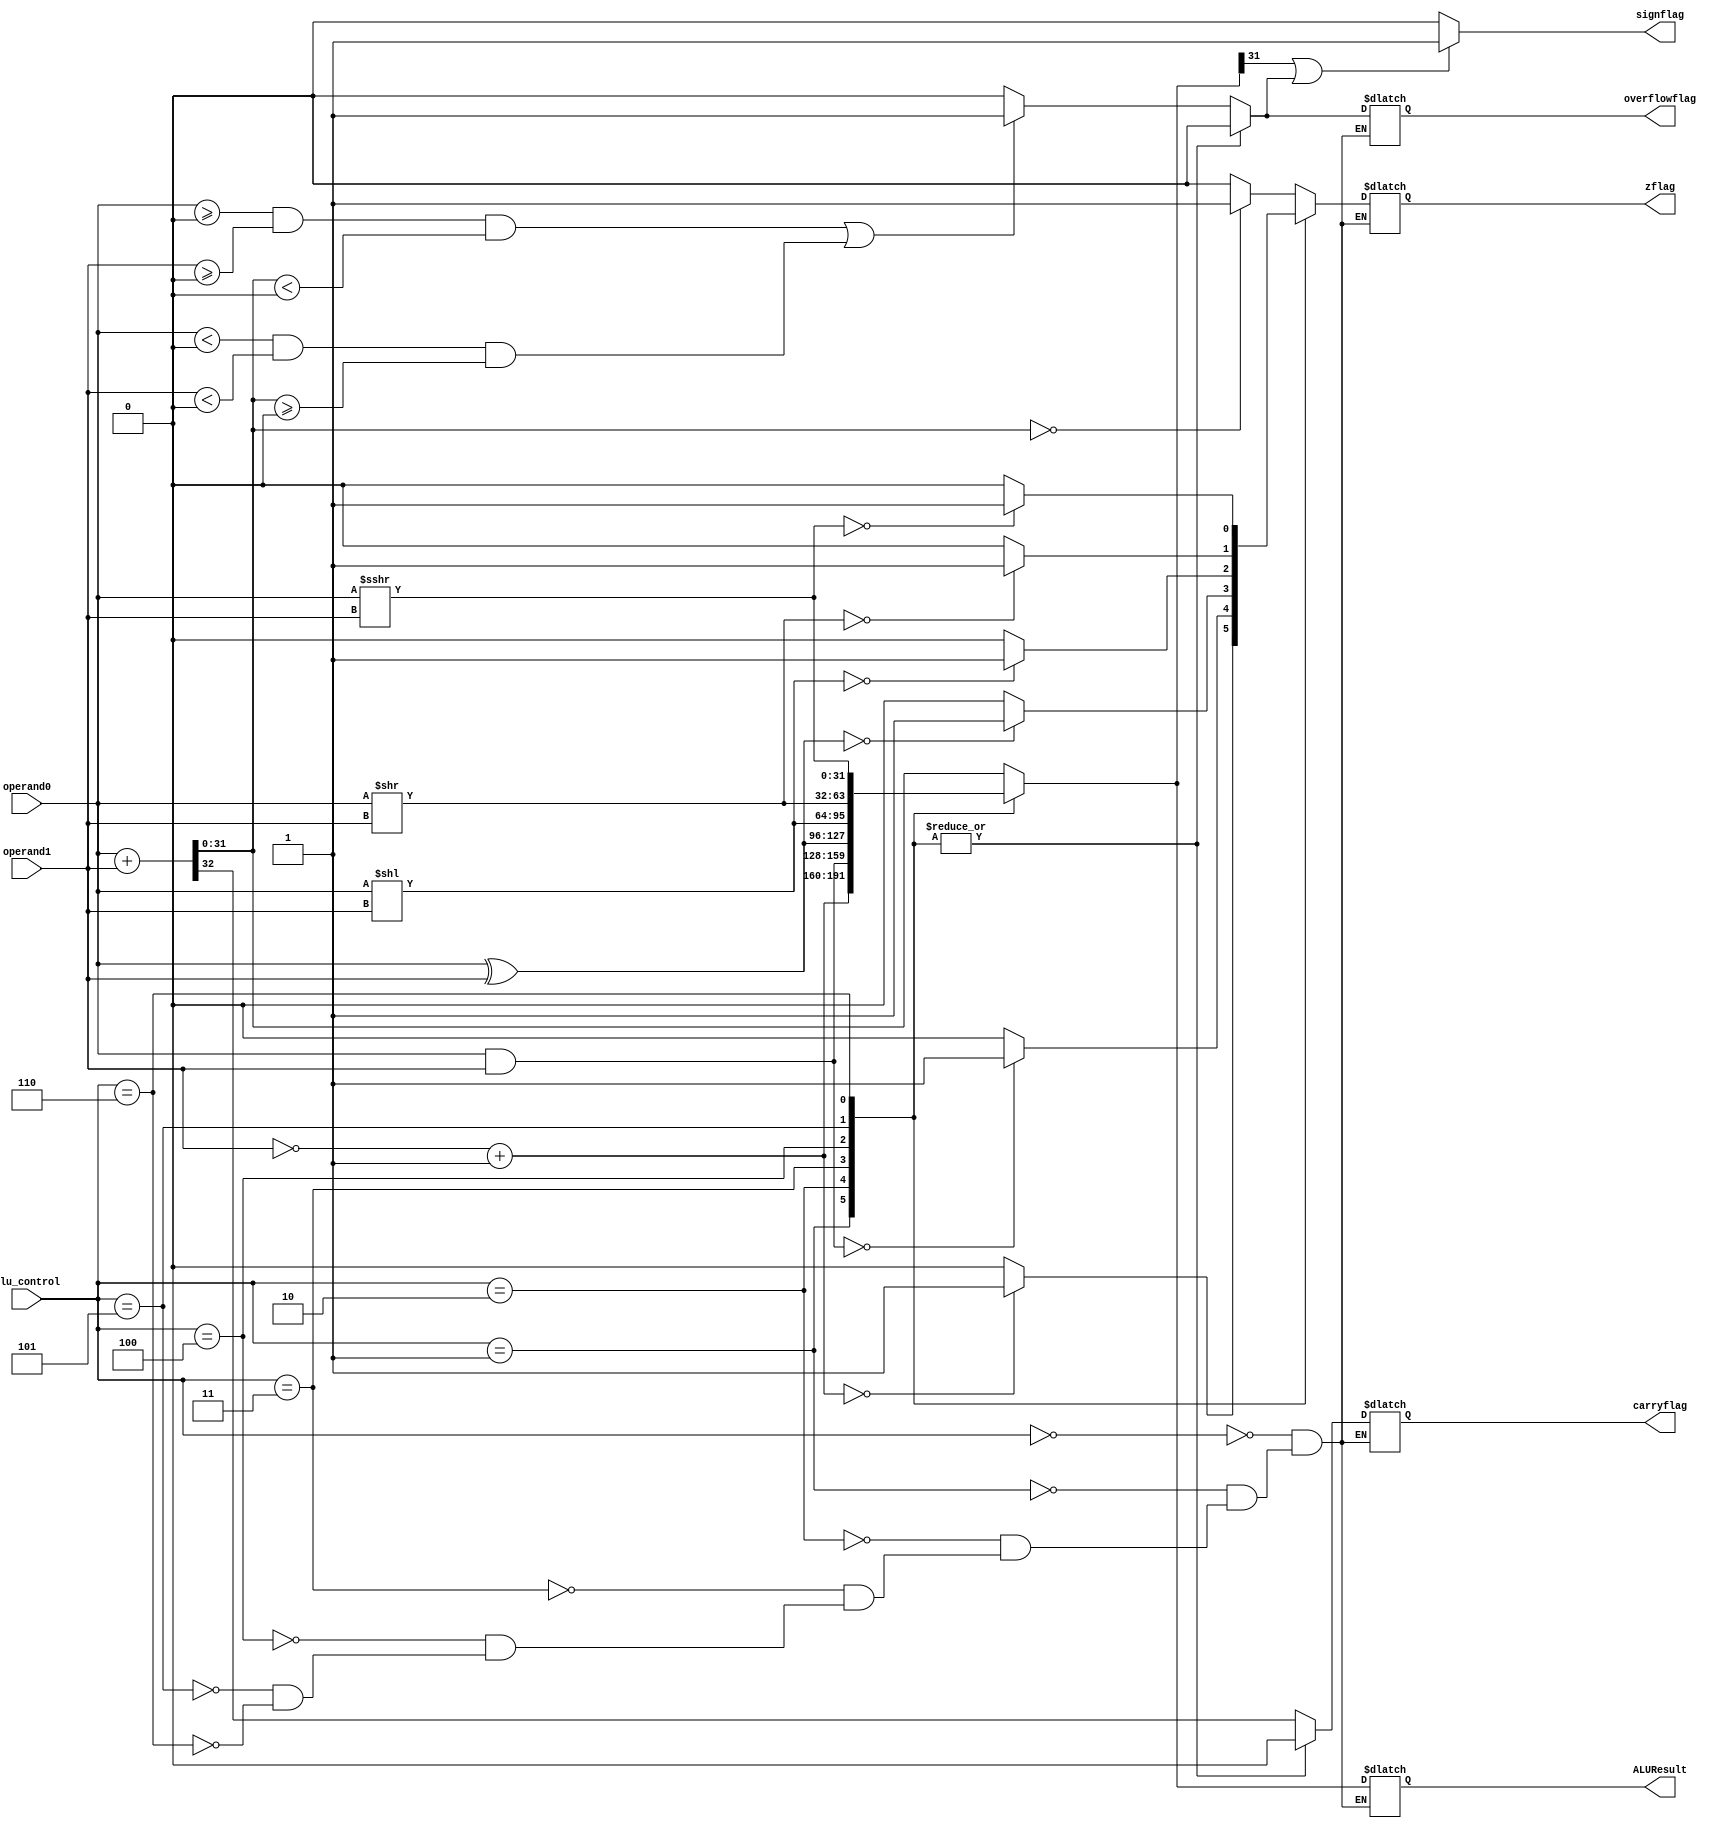
`timescale 1ns / 1ps
//////////////////////////////////////////////////////////////////////////////////
// Company: 
// Engineer: 
// 
// Design Name: 
// Module Name:    Alu 
// Project Name: 
// Target Devices: 
// Tool versions: 
// Description: 
//
// Dependencies: 
//
// Revision: 
// Revision 0.01 - File Created
// Additional Comments: 
//
//////////////////////////////////////////////////////////////////////////////////
module ArithmeticLogicUnit(
    alu_control,	//specifies the alu operation
    operand0, 	//first operand
    operand1, 	//second operand
    ALUResult, 	//alu result
	 carryflag, //carryflag
	 signflag,  //signflag
	 overflowflag,	//overflow flag (underflow as well)
    zflag //zero flag
);

   parameter size=32,aluCSize=3;
   input [aluCSize-1:0] alu_control;
	input [size-1:0] operand0; 
	input [size-1:0] operand1;
	
   output reg [size-1:0] ALUResult;
	output reg	carryflag;
	output reg signflag;	
	output reg overflowflag;
 	output reg zflag;


	always @(*)
	begin
		case (alu_control)
			3'b000: // Signed add
				begin
					{carryflag,ALUResult} = operand0 + operand1;
					if ((operand0 >= 0 && operand1 >= 0 && ALUResult < 0) ||
						(operand0 < 0 && operand1 < 0 && ALUResult >= 0)) 
						begin
							overflowflag = 1;
						end 
					else 
						begin
							overflowflag = 0;
						end						
					zflag = (ALUResult == 0) ? 1 : 0;		
				end
				
			3'b001: // Comp
				begin
					{carryflag,ALUResult} = ~operand1 + 1;
					overflowflag = 0;
					zflag = (ALUResult == 0) ? 1 : 0;
					carryflag = 0;
				end				

			3'b010 : // AND
				begin
					ALUResult = operand0 & operand1;
					overflowflag = 0;
					carryflag = 0;
					zflag = (ALUResult == 0) ? 1 : 0;
				end	
	

			3'b011: // XOR
				begin
					ALUResult = operand0 ^ operand1;
					overflowflag = 0;
					carryflag = 0;
					zflag = (ALUResult == 0) ? 1 : 0;
				end

			3'b100: // shift left
				begin
					ALUResult = operand0 << operand1;
					overflowflag = 0;
					carryflag = 0;
					zflag = (ALUResult == 0) ? 1 : 0;
				end
			3'b101: // shift right
				begin	
					ALUResult = operand0 >> operand1;
					overflowflag 	= 0;
					carryflag = 0;
					zflag = (ALUResult == 0) ? 1 : 0;
				end
		   3'b110: // shift right arithmetic
				begin
					ALUResult = operand0 >>> operand1;
					overflowflag = 0;
					carryflag = 0;
					zflag = (ALUResult == 0) ? 1 : 0;
				end

				
		endcase
		//if ((operand0<0 && operand0>operand1)||(operand1<0 && operand1>operand0))
		if (ALUResult[31] | overflowflag)
			signflag = 1;
		else
			signflag = 0;

		/*$strobe("%t: ALU  ALUop:  %b", $time,alu_control);
		$strobe("%t: ALU  operand0:  %d", $time,operand0);
		$strobe("%t: ALU  operand1:  %d", $time,operand1);
		$strobe("%t: ALU  Res:  %d", $time,ALUResult);
		$strobe("%t: zflag  %b overflowflag %b ", $time, zflag, overflowflag);
		$strobe("%t: signflag  %b carryflag %b ", $time, signflag, carryflag);*/
	end
 endmodule